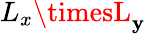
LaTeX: L_{x}\timesL_{\mathbf{y}}